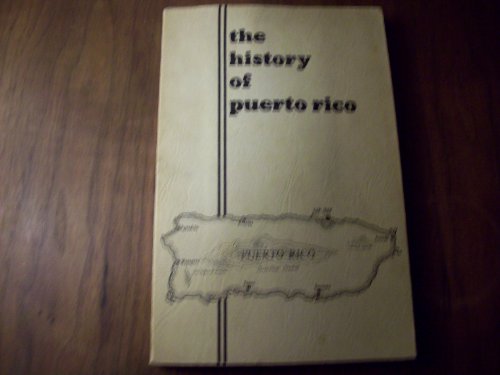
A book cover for The History of Puerto Rico; Gaetano Massa and Jose Luis Vivas; Travel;